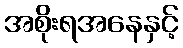
အစိုးရအနေနှင့်